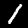
Digit: 1